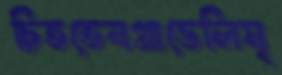
চিততেনগ্রাভেলিমৃ